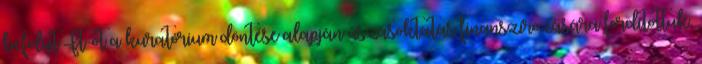
befolyt Ft-ot a kuratórium döntése alapján úszásoktatás finanszírozására fordítottuk.